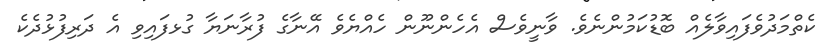
ކެތްމަދުވެފައިވާލެއް ބޮޑުކަމުންނެވެ. ވާނީވެސް އެހެންނޫން ހެއްޔެވެ އޭނާގެ ފުރާނަޔާ ގުޅފައިވި އެ ދަރިފުޅުދެކެ